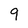
Character: 9